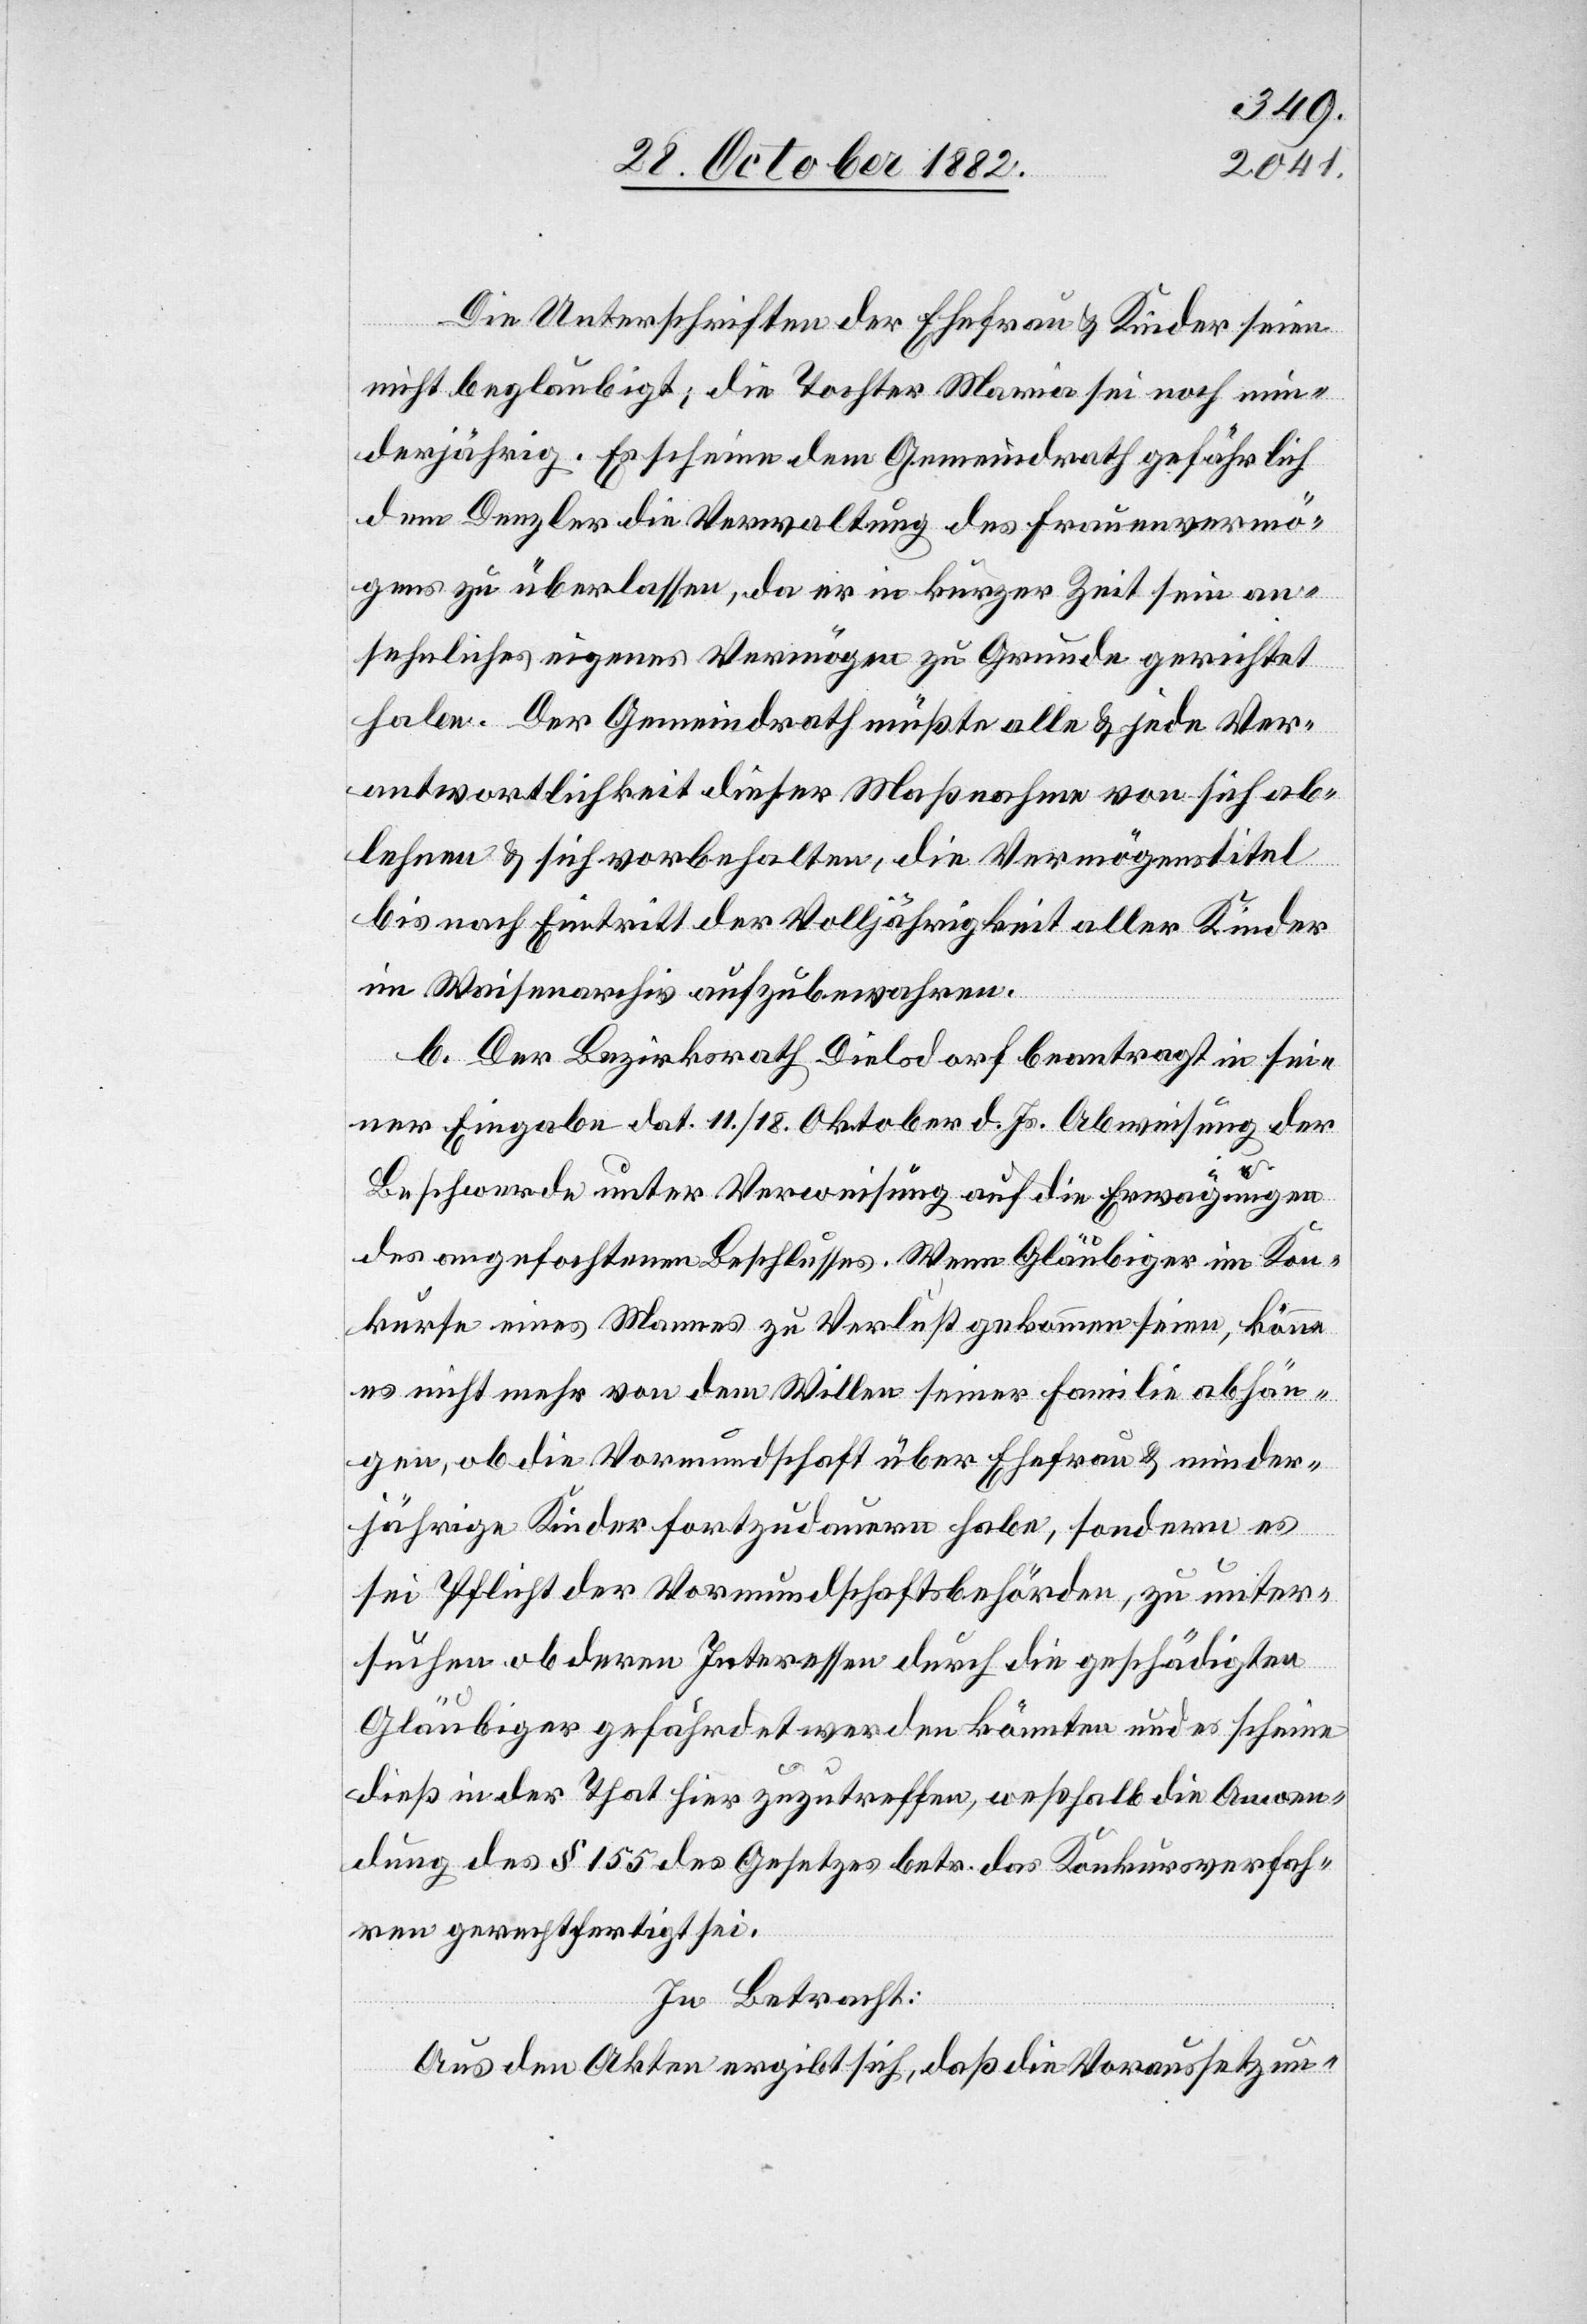
Die Unterschriften der Ehefrau & Kinder seien
nicht beglaubigt; die Tochter Maria sei noch min¬
derjährig. Es scheine dem Gemeindrath gefährlich
dem Denzler die Verwaltung des Frauenvermö¬
gens zu überlassen, da er in kurzer Zeit sein an¬
sehnliches eigenes Vermögen zu Grunde gerichtet
habe. Der Gemeindrath müßte alle & jede Ver¬
antwortlichkeit dieser Maßnahme von sich ab¬
lehnen & sich vorbehalten, die Vermögenstitel
bis nach Eintritt der Volljährigkeit aller Kinder
im Waisenarchiv aufzubewahren.
b. Der Bezirksrath Dielsdorf beantragt in sei¬
ner Eingabe dat. 11./18. Oktober d. Js. Abweisung der
Beschwerde unter Verweisung auf die Erwägungen
des angefochtenen Beschlusses. Wenn Gläubiger im Kon¬
kurse eines Mannes zu Verlust gekommen seien, könne
es nicht mehr von dem Willen seiner Familie abhän¬
gen, ob die Vormundschaft über Ehefrau & minder¬
jährige Kinder fortzudauern habe, sondern es
sei Pflicht der Vormundschaftsbehörden, zu unter¬
suchen ob deren Interessen durch die geschädigten
Gläubiger gefährdet werden könnten und es scheine
dieß in der That hier zuzutreffen, weßhalb die Anwen¬
dung des § 155 des Gesetzes betr. das Konkursverfah¬
ren gerechtfertigt sei.
In Betracht:
Aus den Akten ergibt sich, daß die Voraussetzun-